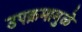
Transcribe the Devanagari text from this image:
उपक्रमामुळे